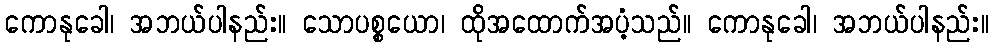
ကောနုခေါ၊ အဘယ်ပါနည်း။ သောပစ္စယော၊ ထိုအထောက်အပံ့သည်။ ကောနုခေါ၊ အဘယ်ပါနည်း။